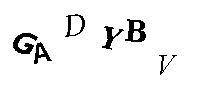
GADYBV